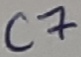
Text: C7